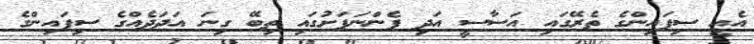
އެއީ ސިފައިންގެ ތެރޭގައި އަސާސީ އަދި ފެންނަފަށުގައި ތިބޭ ގިނަ އަދަދެއްގެ ސިފައިންގެ